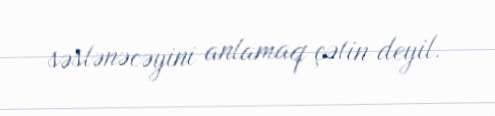
səslənəcəyini anlamaq çətin deyil.